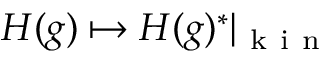
H ( g ) \mapsto H ( g ) ^ { * } \vert _ { \mathrm { ~ k ~ i ~ n ~ } }